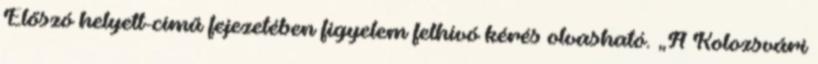
Előszó helyett-című fejezetében figyelem felhívó kérés olvasható. „A Kolozsvári